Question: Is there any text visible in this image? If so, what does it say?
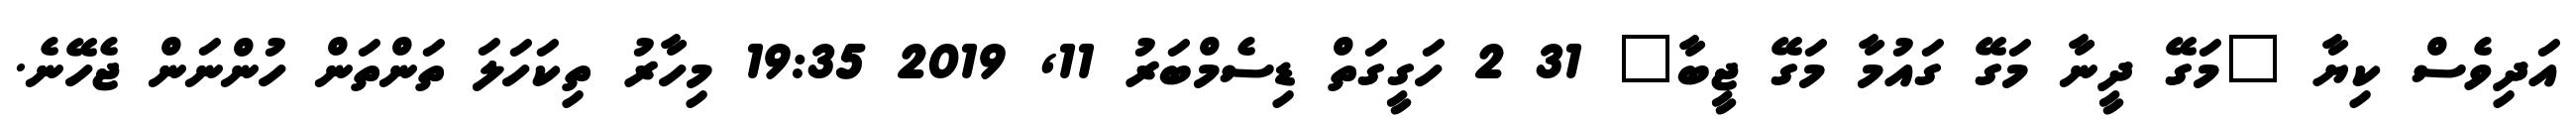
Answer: އަދިވެސް ކިޔާ "މަގޭ ދީނާ މަގޭ ގައުމާ މަގޭ ޖީބާ" 31 2 ހަގީގަތް ޑިސެމްބަރު 11, 2019 19:35 މިހާރު ތިކަހަލަ ތަންތަން ހުންނަން ޖެހޭނެ.